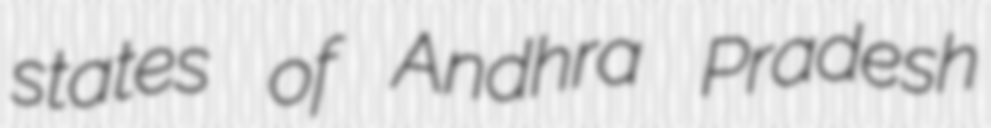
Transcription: states of Andhra Pradesh